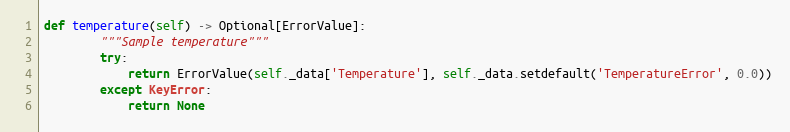
Language: Python
def temperature(self) -> Optional[ErrorValue]:
        """Sample temperature"""
        try:
            return ErrorValue(self._data['Temperature'], self._data.setdefault('TemperatureError', 0.0))
        except KeyError:
            return None